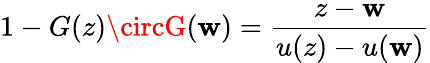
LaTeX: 1-G(z)\circG(\mathbf{w})={\frac{{z-\mathbf{w}}}{{u(z)-u(\mathbf{w})}}}